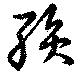
殞